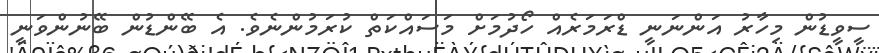
ސީވީޑުން މިހާރު އަންނަނީ ޑްރަމަރެއް ހޯދުމަށް މަސައްކަތް ކުރަމުންނެވެ. އެ ބޭންޑުން ބޭނުންވަނީ